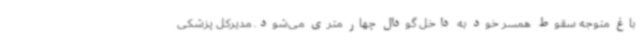
باغ متوجه سقوط همسر خود به داخل گودال چهار متری می‌شود. مدیرکل پزشکی